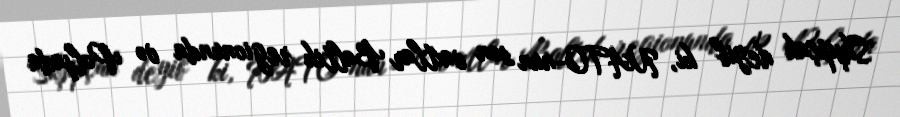
Skşipçak deyib ki, NATO-nun son vaxtlar Baltik regionunda və Polşada